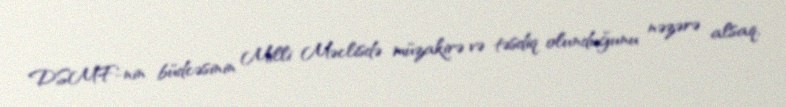
DSMF-nin büdcəsinin Milli Məclisdə müzakirə və təsdiq olunduğunu nəzərə alsaq,